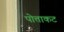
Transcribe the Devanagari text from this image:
पोत्ताकट